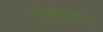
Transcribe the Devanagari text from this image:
गोंधळीपणाचा